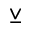
\veebar